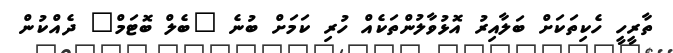
ތާރީހީ ހެކިތަކަށް ބަލާއިރު އޮޅުވާލުންތަކެއް ހުރި ކަމަށް ބުނެ "ބެލް ބޮޓަމް" ދެއްކުން